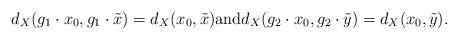
LaTeX: \begin{align*}d_X(g_1 \cdot x_0, g_1 \cdot \tilde{x})=d_X(x_0,\tilde{x}) \mbox{and} d_X(g_2 \cdot x_0, g_2 \cdot \tilde{y})=d_X(x_0,\tilde{y}).\end{align*}